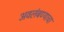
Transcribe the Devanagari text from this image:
अवलंबण्याचा